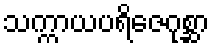
သက္ကာယပရိဇေဂုစ္ဆာ